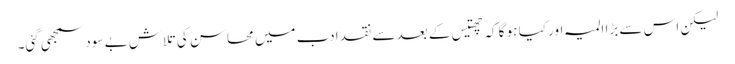
لیکن اس سے بڑا المیہ اور کیا ہو گا کہ چھتیس کے بعد سے نقد ادب میں محاسن کی تلاش بے سود سمجھی گئی۔